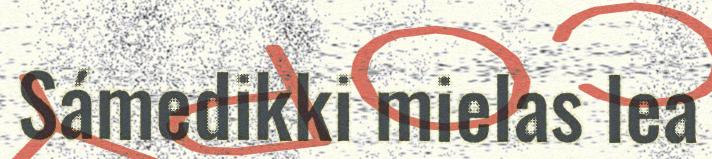
Sámedikki mielas lea